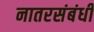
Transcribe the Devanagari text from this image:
नातरसंबंधी